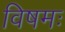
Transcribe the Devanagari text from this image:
विषमः